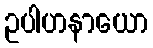
ဥပါဟနာယော